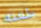
طعنه